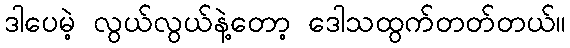
ဒါပေမဲ့ လွယ်လွယ်နဲ့တော့ ဒေါသထွက်တတ်တယ်။